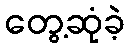
တွေ့ဆုံခဲ့